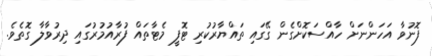
ފޮނުވާ އަހަންނަށް ހާއްސަކޮށްގެން ގޭގައި ތައްޔާރުކުރި ޓޮފީ މެޓާތައް ފުރާއުމުރުގައި ދިރުވާލާ ގޮތެވެ.